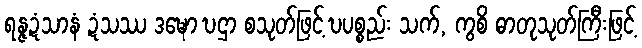
ရန္ဇဍံသာနံ ဍံသဿ ဒဍ္ဎော ဎဌာ စသုတ်ဖြင့် ဎပစ္စည်း သက်, ကွစိ ဓာတုသုတ်ကြီးဖြင့်